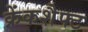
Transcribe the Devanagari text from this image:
क्रेंकशैफ्ट